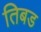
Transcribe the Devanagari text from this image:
तिबड